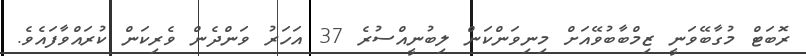
ރޮބަޓް މުގާބޭވަނީ ޒިމްބާބުވޭއަށް މިނިވަންކަން ލިބުނީއްސުރެ 37 އަހަރު ވަންދެން ވެރިކަން ކުރައްވާފައެވެ.